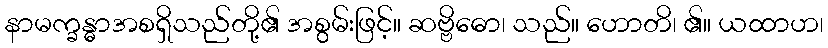
နာမက္ခန္ဓာအစရှိသည်တို့၏ အစွမ်းဖြင့်။ ဆဗ္ဗိဓော၊ သည်။ ဟောတိ၊ ၏။ ယထာဟ၊